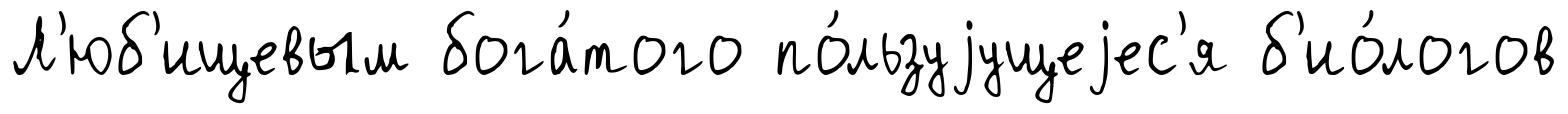
Л'юб'ищевым бога́того по́льзуjущеjес'я б'ио́логов